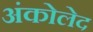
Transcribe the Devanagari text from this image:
अंकोलेद